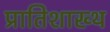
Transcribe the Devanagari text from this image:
प्रातिशाख्थ